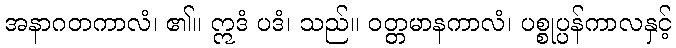
အနာဂတကာလံ၊ ၏။ ဣဒံ ပဒံ၊ သည်။ ဝတ္တမာနကာလံ၊ ပစ္စုပ္ပန်ကာလနှင့်